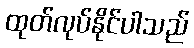
ထုတ်လုပ်နိုင်ပါသည်